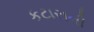
કટારાની